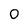
Character: O